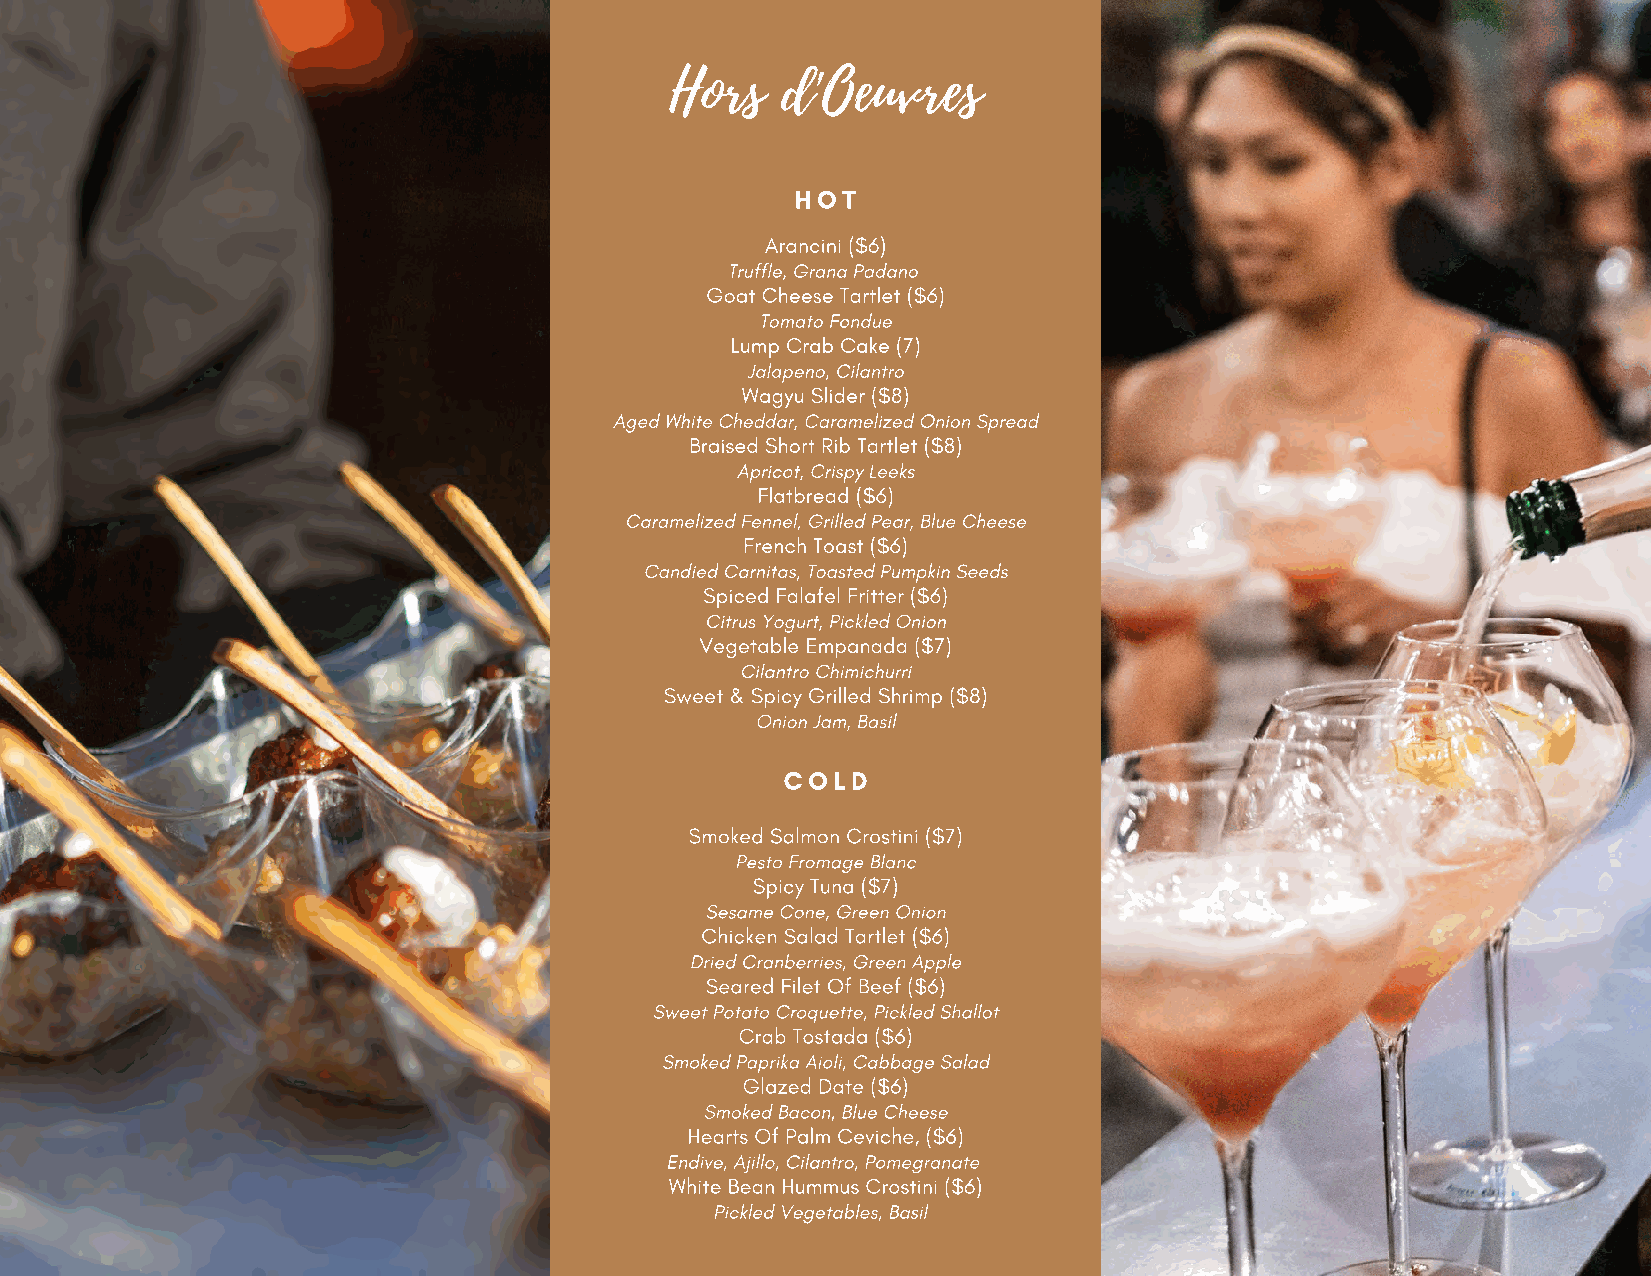
Hors    d'Oeuvres
 HOT
 Arancini ($6)
 Truffle, Grana Padano
 Goat Cheese Tartlet ($6)
 Tomato Fondue
 Lump Crab Cake (7)
 Jalapeno, Cilantro
 Wagyu Slider ($8)
 Aged White Cheddar, Caramelized Onion Spread
 Braised Short Rib Tartlet ($8)
 Apricot, Crispy Leeks
 Flatbread ($6)
 Caramelized Fennel, Grilled Pear, Blue Cheese
 French Toast ($6)
 Candied Carnitas, Toasted Pumpkin Seeds
 Spiced Falafel Fritter ($6)
 Citrus Yogurt, Pickled Onion
 Vegetable Empanada ($7)
 Cilantro Chimichurri
 Sweet & Spicy Grilled Shrimp ($8)
 Onion Jam, Basil
 COLD
 Smoked Salmon Crostini ($7)
 Pesto Fromage Blanc
 Spicy Tuna ($7)
 Sesame Cone, Green Onion
 Chicken Salad Tartlet ($6)
 Dried Cranberries, Green Apple
 Seared Filet Of Beef ($6)
 Sweet Potato Croquette, Pickled Shallot
 Crab Tostada ($6)
 Smoked Paprika Aioli, Cabbage Salad
 Glazed Date ($6)
 Smoked Bacon, Blue Cheese
 Hearts Of Palm Ceviche, ($6)
 Endive, Ajillo, Cilantro, Pomegranate
 White Bean Hummus Crostini ($6)
 Pickled Vegetables, Basil